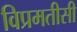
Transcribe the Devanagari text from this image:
विप्रमतीसी